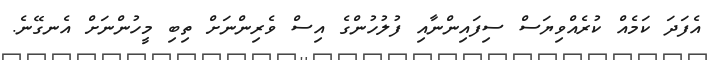
އެފަދަ ކަމެއް ކުރެއްވިޔަސް ސިފައިންނާއި ފުލުހުންގެ އިސް ވެރިންނަށް ތިބި މީހުންނަށް އެނގޭނެ.